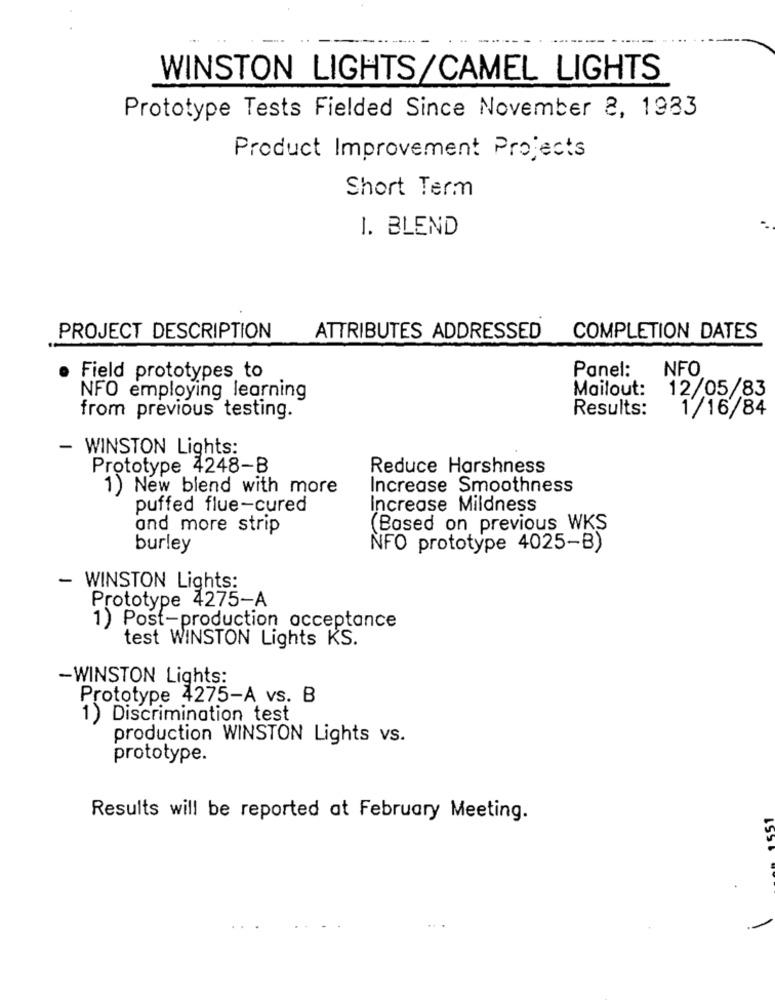
WINSTON LIGHTS/CAMEL LIGHTS
Prototype Tests Fielded Since November 8, 1983
Product Improvement Projects
Short Term
1. BLEND
PROJECT DESCRIPTION
ATTRIBUTES ADDRESSED
COMPLETION DATES
Panel:
NFO
Field prototypes to
Mailout:
12/05/83
NFO employing learning
Results:
1/16/84
from previous testing.
- WINSTON Lights:
Prototype 4248-B
Reduce Harshness
1) New blend with more
Increase Smoothness
puffed flue-cured
Increase Mildness
and more strip
(Based on previous WKS
burley
NFO prototype 4025-B)
- WINSTON Lights:
Prototype 4275-A
1) Post-production acceptance
test WINSTON Lights KS.
-WINSTON Lights:
Prototype 4275-A vs. B
1) Discrimination test
production WINSTON Lights vs.
prototype.
Results will be reported at February Meeting.